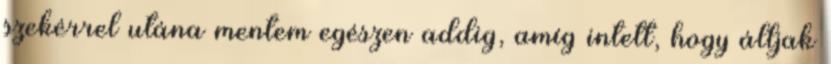
szekérrel utána mentem egészen addig, amíg intett, hogy álljak